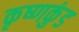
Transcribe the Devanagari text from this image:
कृष्णकुंड